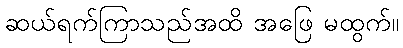
ဆယ်ရက်ကြာသည်အထိ အဖြေ မထွက်။